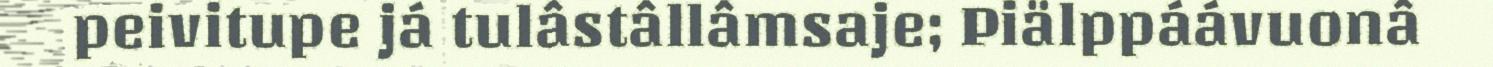
peivitupe já tulâstâllâmsaje; Piälppáávuonâ